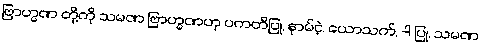
ဗြာဟ္မဏ တို့ကို သမဏ ဗြာဟ္မဏဟု ပကတိပြု, နာမ်ငဲ့, ယောသက်, -ါ ပြု, သမဏ